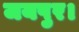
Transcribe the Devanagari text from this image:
जयपुर।